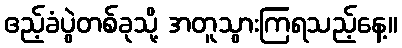
ဧည့်ခံပွဲတစ်ခုသို့ အတူသွားကြရသည့်နေ့။